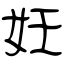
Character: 妊